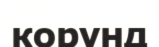
корунд